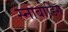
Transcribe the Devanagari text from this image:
स्नोबोर्डिग